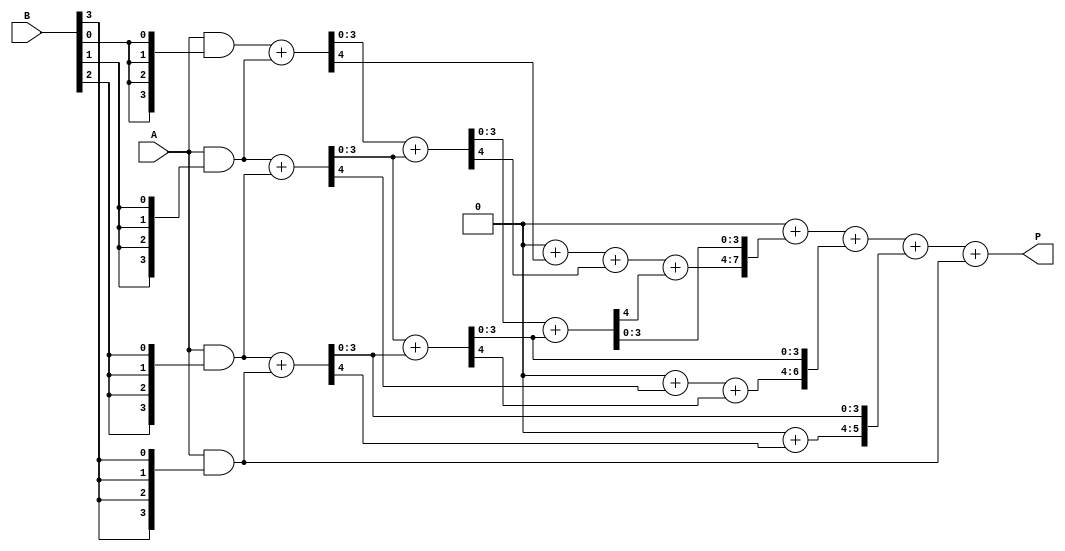
module dadda_multiplier #(parameter N = 4) (
    input [N-1:0] A,
    input [N-1:0] B,
    output reg [2*N-1:0] P
);

    // Partial product generation
    reg [N-1:0] pp [0:N-1]; // Partial products
    integer i, j;

    // Generate partial products
    always @(*) begin
        for (i = 0; i < N; i = i + 1) begin
            pp[i] = A & {N{B[i]}}; // AND A with each bit of B
        end
    end

    // Reduction tree
    reg [N-1:0] sum [0:N-1]; // Temporary sums
    reg [N-1:0] carry [0:N-1]; // Carry for addition
    reg [N-1:0] temp_sum, temp_carry;

    always @(*) begin
        // Initialize sums and carry
        for (i = 0; i < N; i = i + 1) begin
            sum[i] = pp[i];
            carry[i] = 0;
        end
        
        // Dadda reduction stages
        for (i = 0; i < N-1; i = i + 1) begin
            for (j = 0; j < (N - i - 1); j = j + 1) begin
                // Half adder for pairs
                {temp_carry, temp_sum} = sum[j] + sum[j+1];
                sum[j] = temp_sum;
                carry[j] = carry[j] + temp_carry;
            end
        end

        // Final addition
        P = 0;
        for (i = 0; i < N; i = i + 1) begin
            P = P + {carry[i], sum[i]};
        end
    end

endmodule